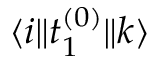
\langle i \| t _ { 1 } ^ { ( 0 ) } \| k \rangle